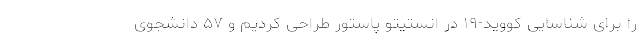
را برای شناسایی کووید-۱۹ در انستیتو پاستور طراحی کردیم و ۵۷ دانشجوی